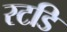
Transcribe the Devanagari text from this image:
स्टडि